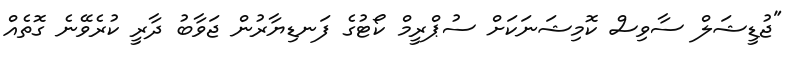
"ޖުޑީޝަލް ސާވިސް ކޮމިޝަނަކަށް ސުޕްރީމް ކޯޓުގެ ފަނޑިޔާރުން ޖަވާބު ދާރީ ކުރެވޭނެ ގޮތެއް